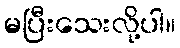
မပြီးသေးလို့ပါ။